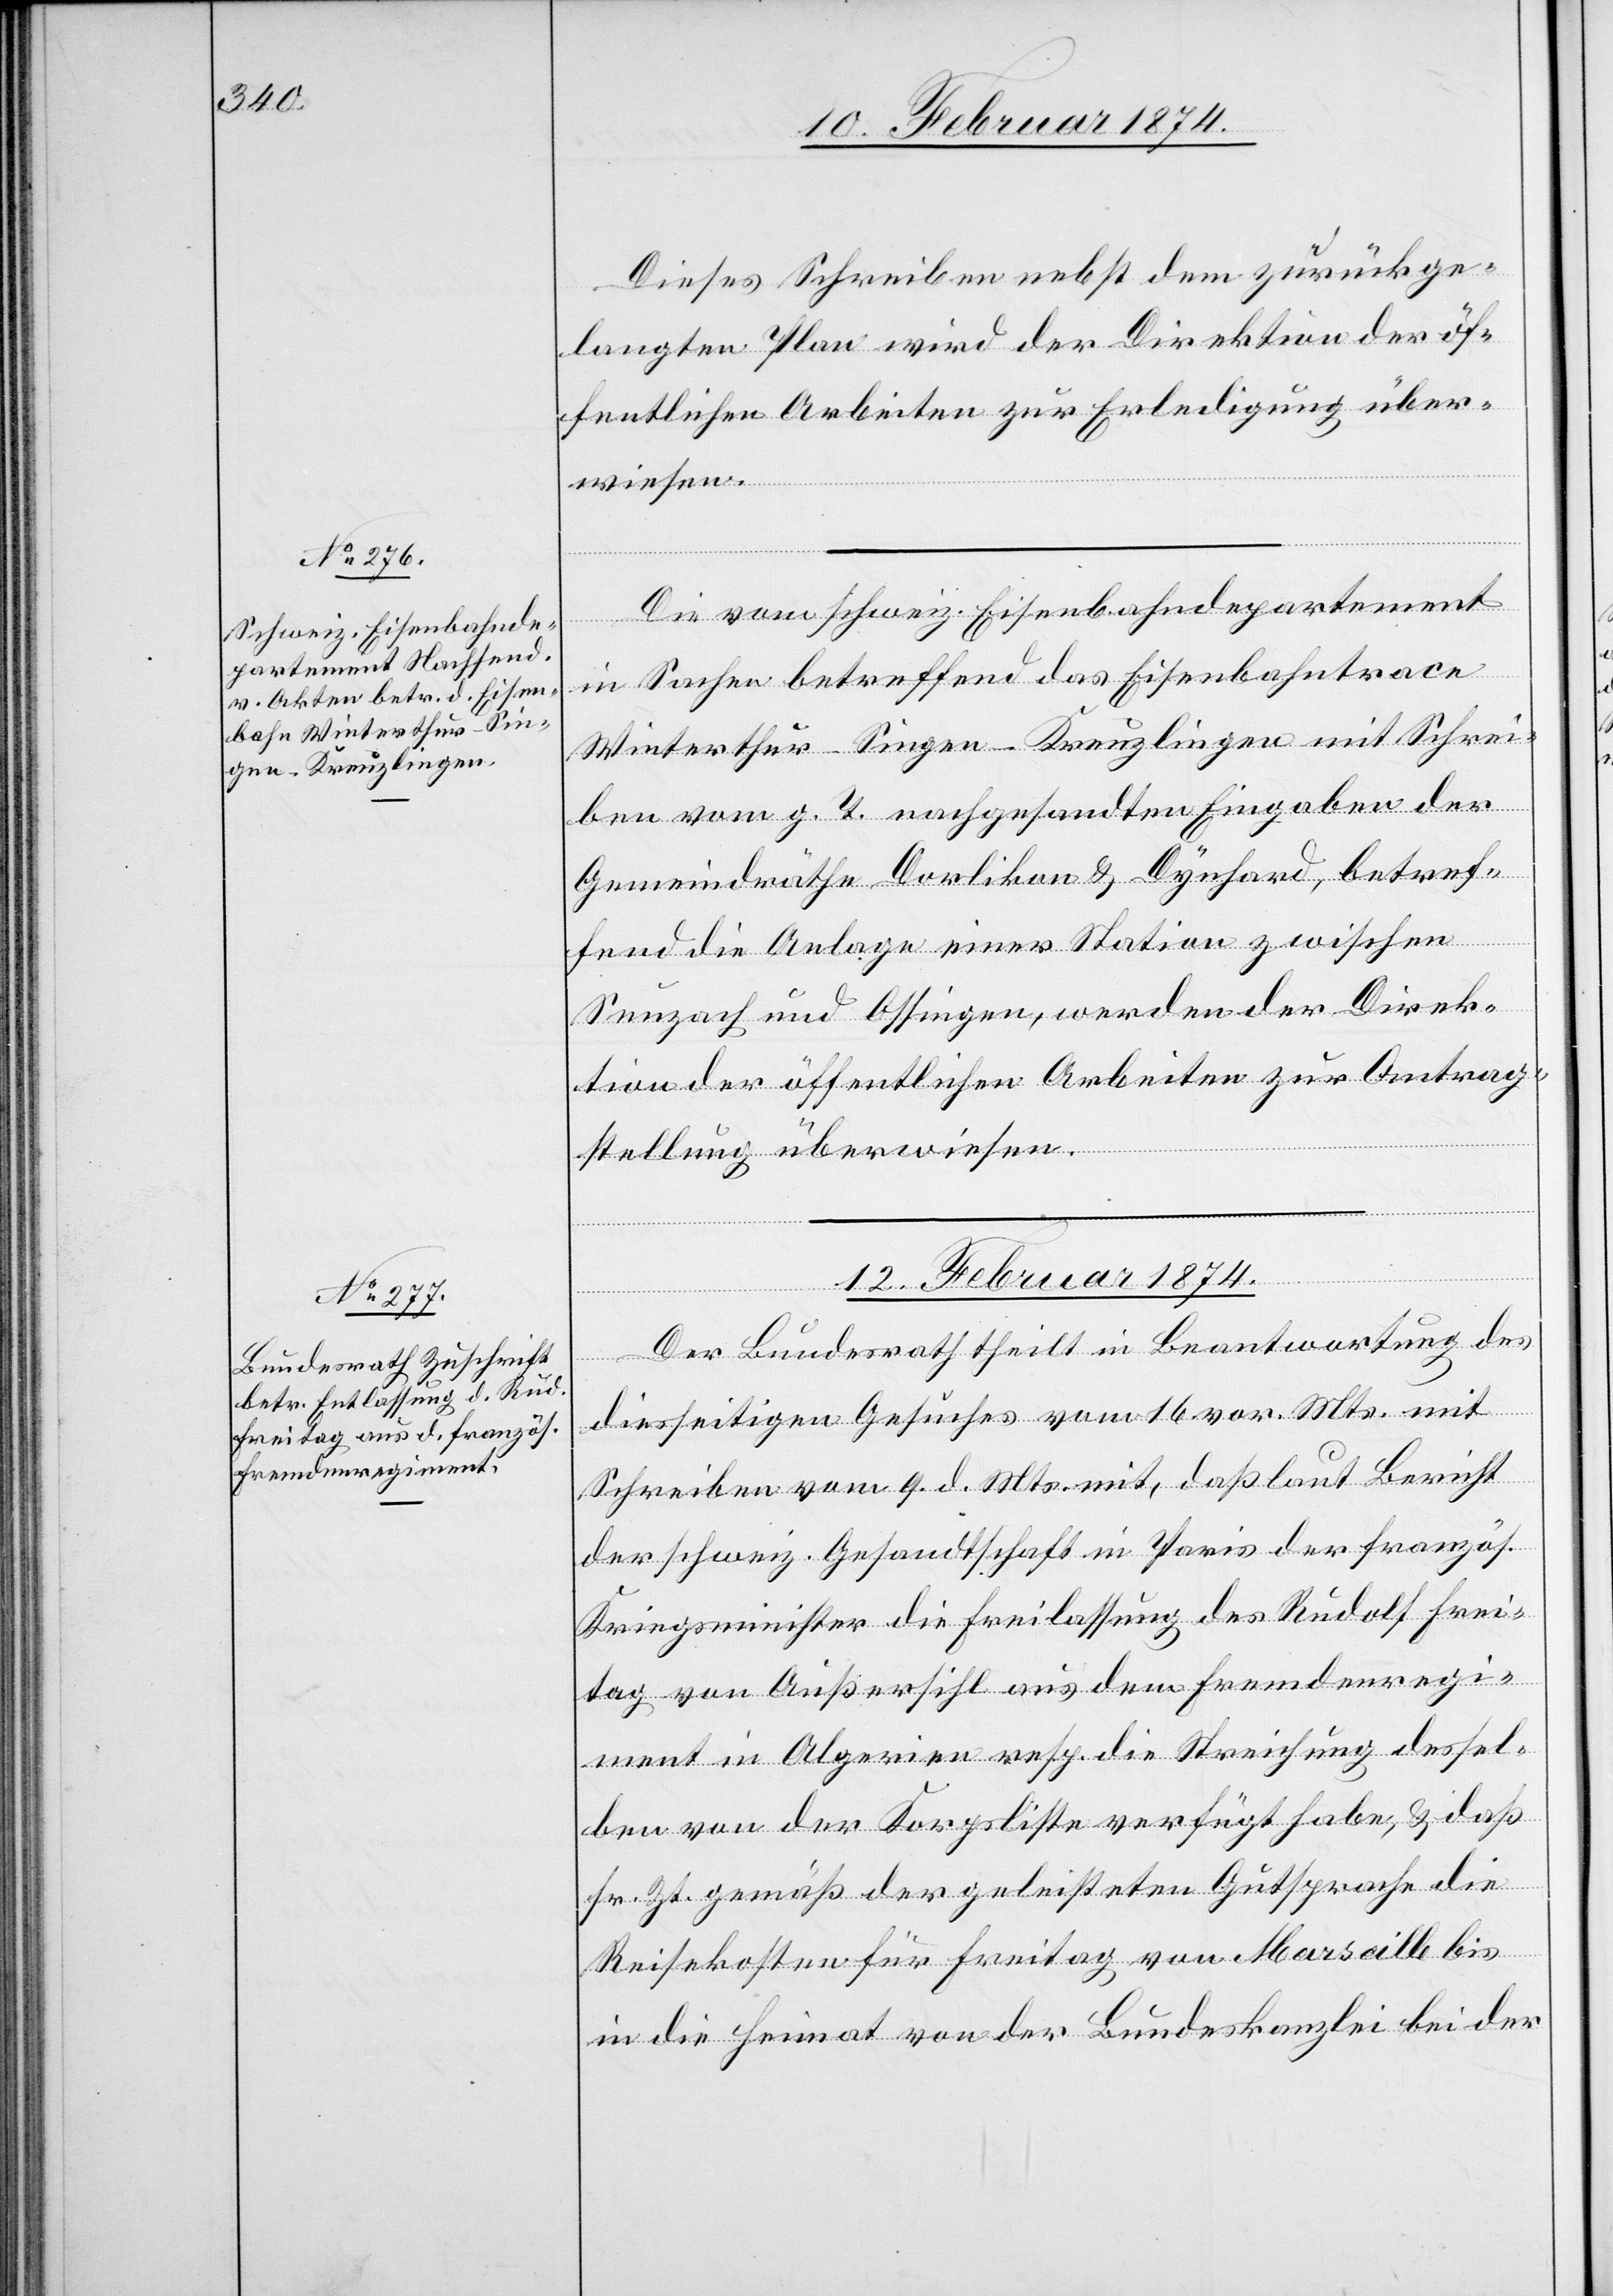
Dieses Schreiben nebst dem zurückge¬
langten Plan wird der Direktion der öf¬
fentlichen Arbeiten zur Erledigung über¬
wiesen.
Die vom schweiz. Eisenbahndepartement
in Sachen betreffend das Eisenbahntrace
Winterthur-Singen-Kreuzlingen mit Schrei¬
ben vom g. T. nachgesandten Eingaben der
Gemeindräthe Dorlikon u. Dynhard, betref¬
fend die Anlage einer Station zwischen
Seuzach und Ossingen, werden der Direk¬
tion der öffentlichen Arbeiten zur Antrag¬
stellung überweisen.
12. Februar 1874.
Der Bundesrath theilt in Beantwortung des
diesseitigen Gesuches vom 16. vor. Mts. mit
Schreiben vom 9. d. Mts. mit, daß laut Bericht
der schweiz. Gesandtschaft in Paris der französ.
Kriegsminister die Freilassung des Rudolf Frei¬
tag von Außersihl aus dem Fremdenregi¬
ment in Algerien resp. die Streichung dessel¬
ben von der Korpsliste verfügt habe, u. daß
sr. Zt. gemäß der geleisteten Gutsprache die
Reisekosten für Freitag von Marseille bis
in die Heimat von der Bundeskanzlei bei der